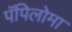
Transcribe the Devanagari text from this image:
पॅपिलोमा